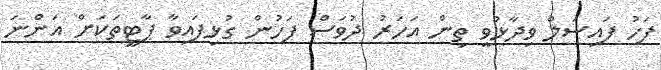
ފަހު ފައިސަލް ވިދާޅުވީ ތިން އަހަރު ދުވަސް ފަހުން ގުޅިފައިވާ ޕާޓީތަކަށް އަންނަ